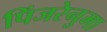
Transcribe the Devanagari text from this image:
पिंजरेनुमा